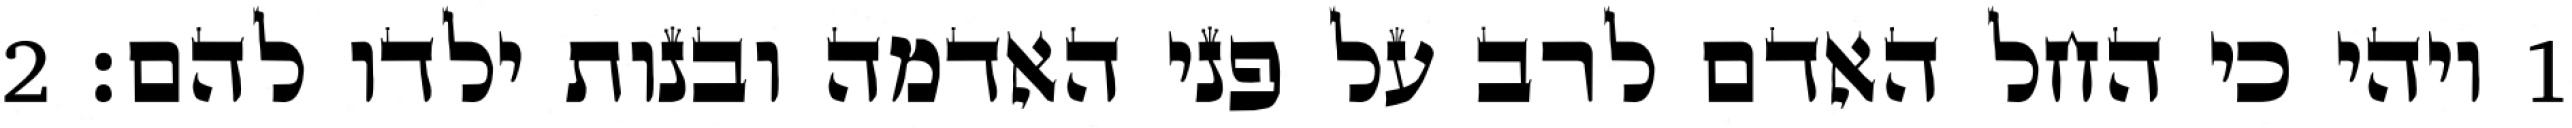
1 ויהי כי החל האדם לרב על פני האדמה ובנות ילדו להם׃ ‎2‏